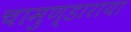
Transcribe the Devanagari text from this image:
चामुण्डाराया